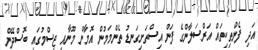
އަދި ފެންތިކިތައް އަރްސަލާންގެ ފަން އިސްތަށިގަނޑު ތެންމަމުން އޮމާން މޫނާއި ޖިސްމުގައި ބޮސްދޭން